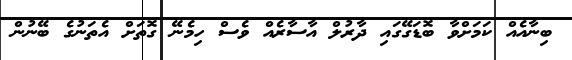
ބިނާއެއް ކަމަށްވާ ބޮޑަގޭގައި ދާރުލް އާާސާރެއް ވެސް ހިމެނޭ ގޮތަށް އެތަނުގެ ބޭނުން